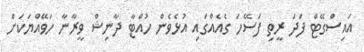
އައިސްގޭޓް ފަދަ ރީތި ފަސޭހަ ގެއެއްގައި އުޅެވެން ހުއްޓާ ދާނިޝް ވީރާނާ ހަވޭއްޔަކަށް